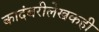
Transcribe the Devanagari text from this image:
कादंबरीलेखकही